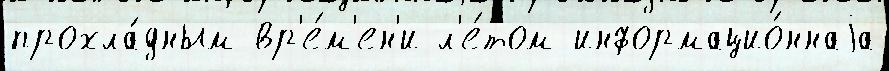
прохла́дным вр'е́м'ен'и л'е́том информацио́ннаjа